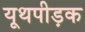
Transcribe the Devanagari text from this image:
यूथपीड़क